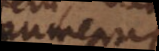
Numeru